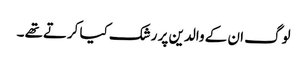
لوگ ان کے والدین پر رشک کیا کرتےتھے ۔